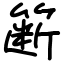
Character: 簖